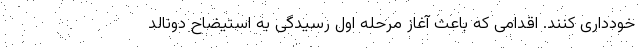
خودداری کنند. اقدامی که باعث آغاز مرحله اول رسیدگی به استیضاح دونالد